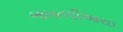
બાબતપીઆરઇ